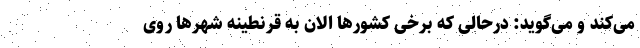
می‌کند و می‌گوید: درحالی که برخی کشورها الان به قرنطینه شهرها روی